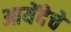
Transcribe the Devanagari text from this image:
आयेंदेचे